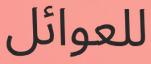
للعوائل